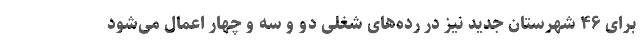
برای ۴۶ شهرستان جدید نیز در رده‌های شغلی دو و سه و چهار اعمال می‌شود